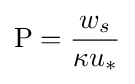
\mathrm {P} ={\frac {w_{s}}{\kappa u_{*}}}